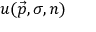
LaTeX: u ( { \vec { p } } , \sigma , n )